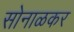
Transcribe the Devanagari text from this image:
सोनाळकर